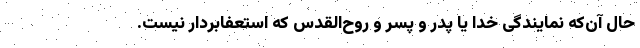
حال آن‌که نمایندگی خدا یا پدر و پسر و روح‌القدس که استعفابردار نیست.